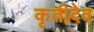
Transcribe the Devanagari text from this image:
कृतीदेव